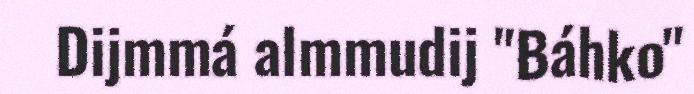
Dijmmá almmudij "Báhko"